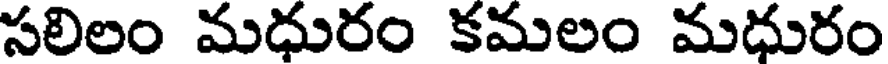
సలిలం మధురం కమలం మధురం